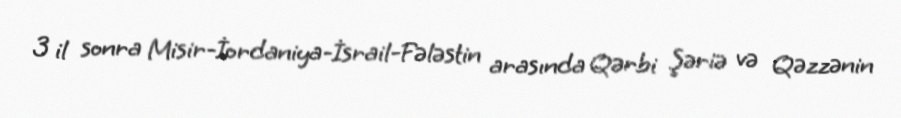
3 il sonra Misir-İordaniya-İsrail-Fələstin arasında Qərbi Şəriə və Qəzzənin